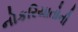
નોકરિયાતોની